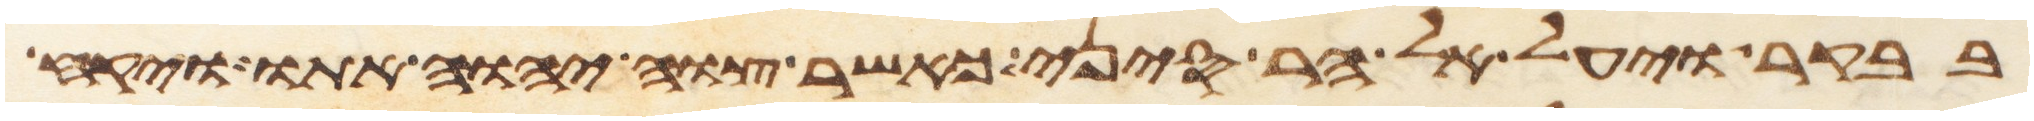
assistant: בבקר ויעל אל הר סיני כאשר צוה יהוה אתו ויקח